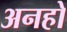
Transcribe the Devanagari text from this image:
अनहो